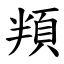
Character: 頖